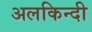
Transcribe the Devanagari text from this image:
अलकिन्दी